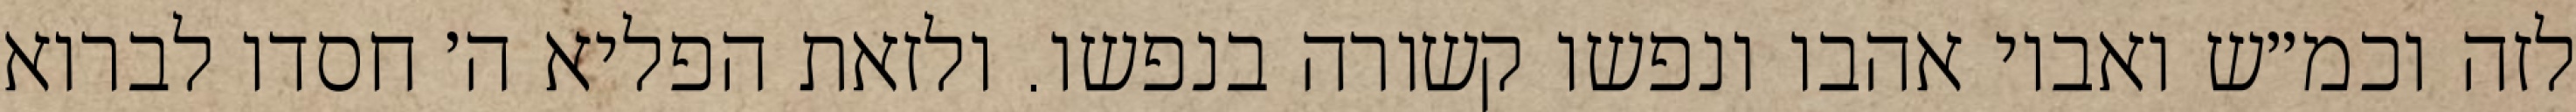
לזה וכמ״ש ואביו אהבו ונפשו קשורה בנפשו. ולזאת הפליא ה׳ חסדו לברוא